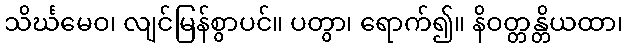
သိင်္ဃမေဝ၊ လျင်မြန်စွာပင်။ ပတွာ၊ ရောက်၍။ နိဝတ္တန္တိယထာ၊